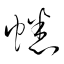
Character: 蟋